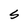
Character: S